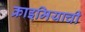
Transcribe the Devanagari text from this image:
क्राइमियाची